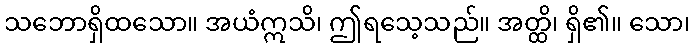
သဘောရှိထသော။ အယံဣသိ၊ ဤရသေ့သည်။ အတ္ထိ၊ ရှိ၏။ သော၊